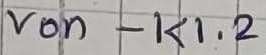
Text: von - K1.2